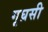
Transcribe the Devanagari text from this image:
गृघ्रसी